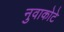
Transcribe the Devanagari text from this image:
नुवाकोटे